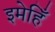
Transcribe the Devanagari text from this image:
इमेहिँ